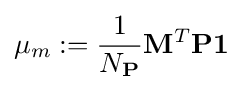
\mu _{m}:={\frac {1}{N_{\mathbf {P} }}}\mathbf {M} ^{T}\mathbf {P} \mathbf {1}